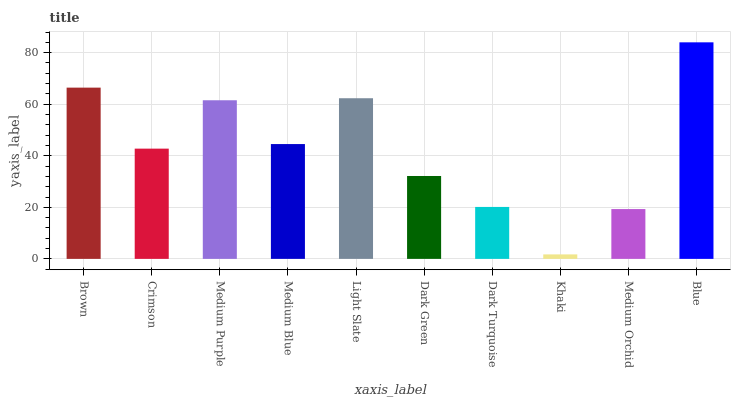
| xaxis_label | bars |
 | --- | --- |
 | Brown | 66.4 |
 | Crimson | 42.8 |
 | Medium Purple | 61.5 |
 | Medium Blue | 44.5 |
 | Light Slate | 62.3 |
 | Dark Green | 32.2 |
 | Dark Turquoise | 20.2 |
 | Khaki | 1.74 |
 | Medium Orchid | 19.3 |
 | Blue | 84 |